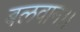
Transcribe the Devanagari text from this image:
बलवान।।